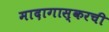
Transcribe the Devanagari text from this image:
मादागास्करची